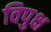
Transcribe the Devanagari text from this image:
विपुक्ष